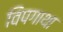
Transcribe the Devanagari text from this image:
विपगाथा